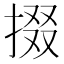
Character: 掇